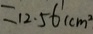
= 1 2 . 5 6 ( c m ^ { 2 }